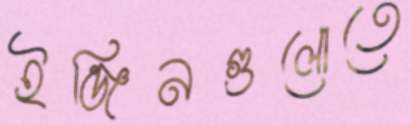
ইঞ্জিনগুলোতে